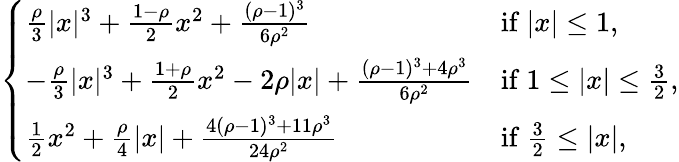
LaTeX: \left\{ \begin{array}{ll}{\frac{\rho}{3}|x|^{3}+\frac{1-\rho}{2}x^{2}+\frac{(\rho-1)^{3}}{6\rho^{2}}}&{\mathrm{if~}|x|\leq 1,}\\ {-\frac{\rho}{3}|x|^{3}+\frac{1+\rho}{2}x^{2}-2\rho|x|+\frac{(\rho-1)^{3}+4\rho^{3}}{6\rho^{2}}}&{\mathrm{if~}1\leq|x|\leq\frac{3}{2},}\\ {\frac{1}{2}x^{2}+\frac{\rho}{4}|x|+\frac{4(\rho-1)^{3}+11\rho^{3}}{24\rho^{2}}}&{\mathrm{if~}\frac{3}{2}\leq|x|,}\end{array}\right.